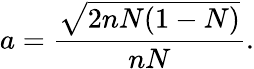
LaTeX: a=\frac{\sqrt{2nN(1-N)}}{nN}.